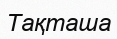
Тақташа